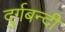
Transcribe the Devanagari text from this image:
दुर्गबन्दी